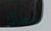
خطاك